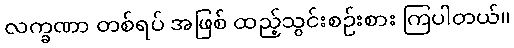
လက္ခဏာ တစ်ရပ် အဖြစ် ထည့်သွင်းစဉ်းစား ကြပါတယ်။